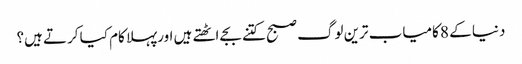
دنیا کے 8 کامیاب ترین لوگ صبح کتنے بجے اٹھتے ہیں اورپہلا کام کیا کرتے ہیں؟